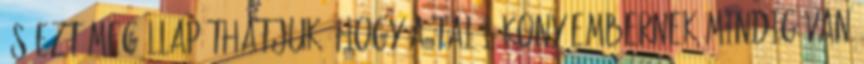
és ezt megállapíthatjuk, hogy a találékony embernek mindig van